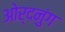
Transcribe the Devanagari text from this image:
ओर्दनुंग